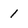
Character: 1